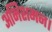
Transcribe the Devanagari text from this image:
अभिशमन।